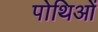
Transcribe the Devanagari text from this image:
पोथिओं